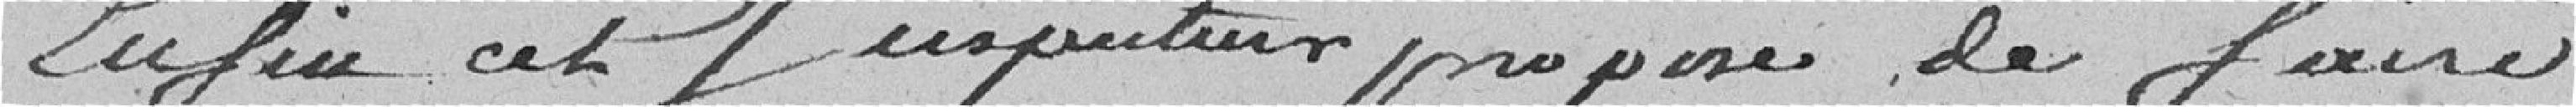
Enfin cet inspecteur propose de faire